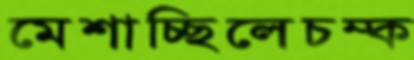
মেশাচ্ছিলেচম্‌ক